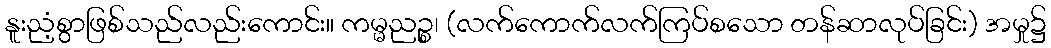
နူးညံ့စွာဖြစ်သည်လည်းကောင်း။ ကမ္မညဉ္စ၊ (လက်ကောက်လက်ကြပ်စသော တန်ဆာလုပ်ခြင်း) အမှု၌